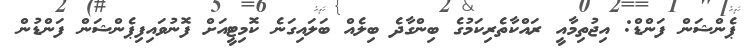
ޕެންޝަން ފަންޑް: އިޖުތިމާއީ ރައްކާތެރިކަމުގެ ބިންގާދެ ބިލެއް ބަލައިގަނެ ކޮމިޓީއަށް ފޮނުވައިފިޕެންޝަން ފަންޑުން